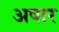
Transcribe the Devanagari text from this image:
अषार